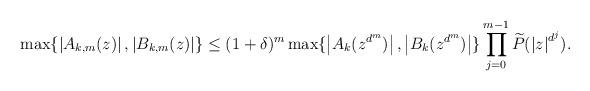
LaTeX: \begin{align*}\max \{\left|A_{k,m}(z)\right|, \left|B_{k,m}(z)\right|\} \leq (1+\delta)^m\max \{\left|A_k(z^{d^m})\right|, \left|B_k(z^{d^m})\right|\}\prod_{j=0}^{m-1}\widetilde{P}(\left|z\right|^{d^j}).\end{align*}